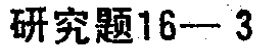
研究题16—3